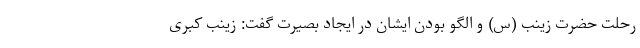
رحلت حضرت زینب (س) و الگو بودن ایشان در ایجاد بصیرت گفت: زینب کبری